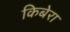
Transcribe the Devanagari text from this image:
किबेरा